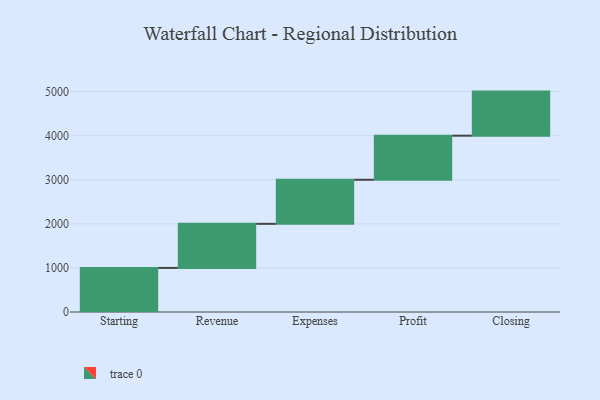
{"axis": {"x": "Step", "y": "Value"}, "legend": [""], "data": [{"x": "Starting", "y": 1000, "type": ""}, {"x": "Revenue", "y": 1000, "type": ""}, {"x": "Expenses", "y": 1000, "type": ""}, {"x": "Profit", "y": 1000, "type": ""}, {"x": "Closing", "y": 1000, "type": ""}]}